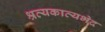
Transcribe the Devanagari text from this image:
श्रव्यकाव्यभेद